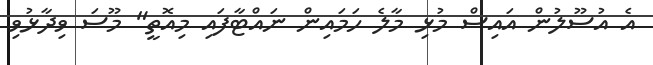
އެ އުސޫލުން އައިސް މުޅި މާލެ ހަމައިން ނައްޓާފައި މިއޮތީ" މޫސަ ވިދާޅުވި